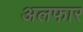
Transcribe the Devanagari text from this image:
अलफार